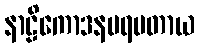
နာဠိကောဒနပရမတာယ